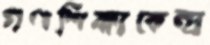
গণশিক্ষাকেন্দ্র